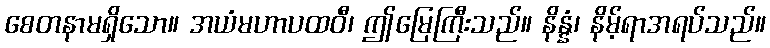
စေတနာမရှိသော။ အယံမဟာပထဝီ၊ ဤမြေကြီးသည်။ နိန္နံ၊ နိမ့်ရာအရပ်သည်။